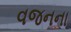
વજનના